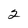
Character: 2